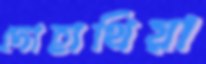
দোহাথিয়া